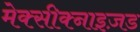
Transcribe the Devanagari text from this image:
मेक्सीक्नाइज़ड